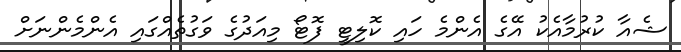
ޝެއާ ކުރުމާއެކު އޭގެ އެންމެ ހައި ކޮލިޓީ ފޮޓޯ މިއަދުގެ ވަގުތެއްގައި އެންމެންނަށް